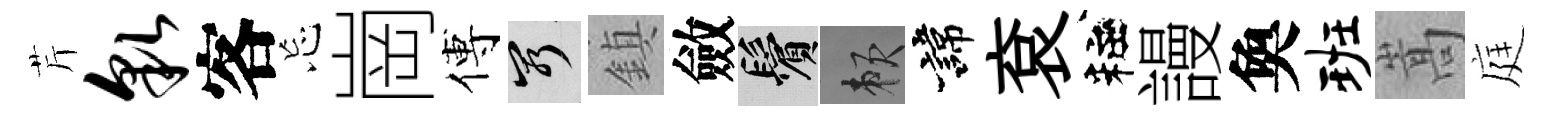
芹貌客忘崗傅窮鎮斂鬢賴諱袞粧謾奐班嵩庭